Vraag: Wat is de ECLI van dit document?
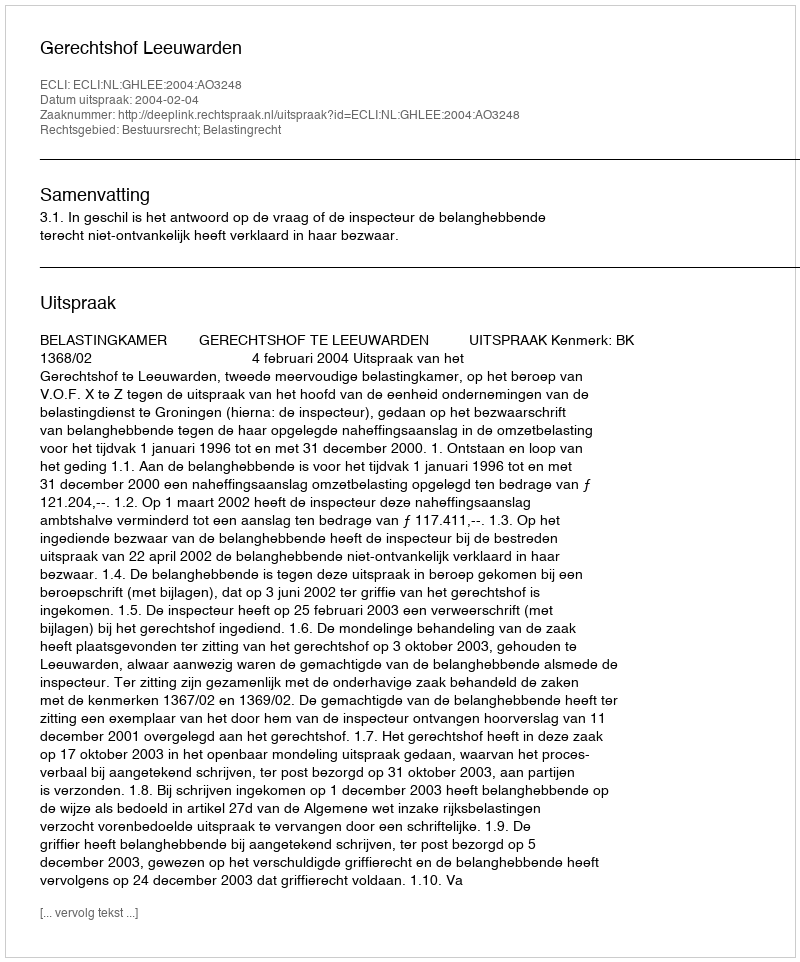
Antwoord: ECLI:NL:GHLEE:2004:AO3248